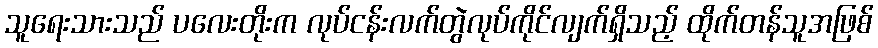
သူရေးသားသည် ပလေးတိုးက လုပ်ငန်းလက်တွဲလုပ်ကိုင်လျက်ရှိသည့် ထိုက်တန်သူအဖြစ်